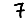
Digit: 7